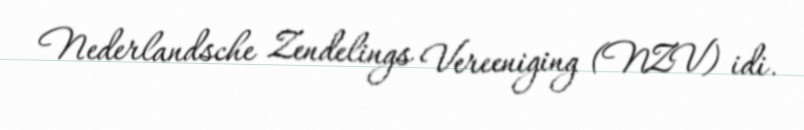
Nederlandsche Zendelings Vereeniging (NZV) idi.